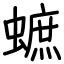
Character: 蟅